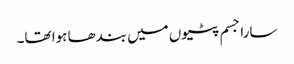
سارا جسم پٹیوں میں بندھا ہوا تھا۔